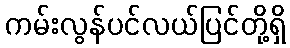
ကမ်းလွန်ပင်လယ်ပြင်တို့ရှိ